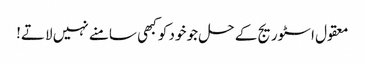
معقول اسٹوریج کے حل جو خود کو کبھی سامنے نہیں لاتے!